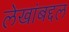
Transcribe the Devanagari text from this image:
लेखांबद्दल